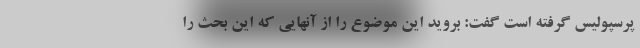
پرسپولیس گرفته است گفت: بروید این موضوع را از آنهایی که این بحث را